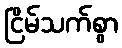
ငြိမ်သက်စွာ